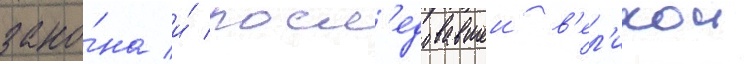
зако́на и́ посл'едовавшеи в'ел'икои